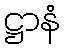
ဋ္ဌာနံ